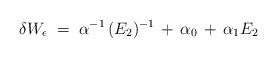
LaTeX: \begin{align*}\delta W_\epsilon \;=\; \alpha^{-1} \, (E_2)^{-1} \,+\, \alpha_0 \,+\, \alpha_1 E_2\end{align*}